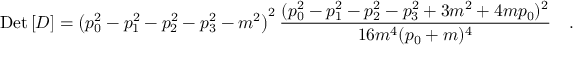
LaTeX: \mathrm { D e t } \left[ { \cal D } \right] = \left( p _ { 0 } ^ { 2 } - p _ { 1 } ^ { 2 } - p _ { 2 } ^ { 2 } - p _ { 3 } ^ { 2 } - m ^ { 2 } \right) ^ { 2 } \frac { ( p _ { 0 } ^ { 2 } - p _ { 1 } ^ { 2 } - p _ { 2 } ^ { 2 } - p _ { 3 } ^ { 2 } + 3 m ^ { 2 } + 4 m p _ { 0 } ) ^ { 2 } } { 1 6 m ^ { 4 } ( p _ { 0 } + m ) ^ { 4 } } \quad .